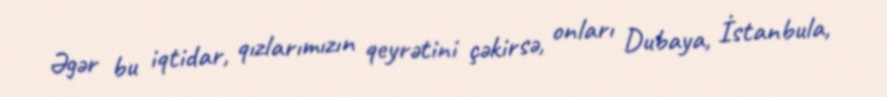
Əgər bu iqtidar, qızlarımızın qeyrətini çəkirsə, onları Dubaya, İstanbula,